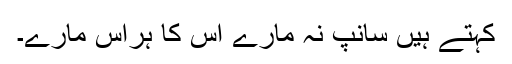
کہتے ہیں سانپ نہ مارے اس کا ہراس مارے۔